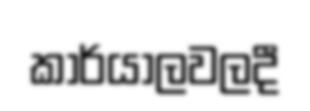
කාර්යාලවලදී